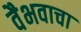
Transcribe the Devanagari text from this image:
वैभवाचा